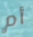
أم